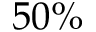
5 0 \%